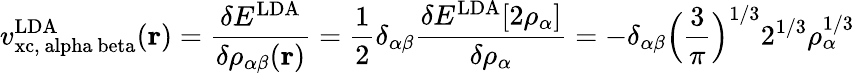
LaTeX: v_{\mathrm{{xc,\ alpha\ beta}}}^{\mathrm{LDA}}(\mathbf{r})={\frac{\delta E^{\mathrm{LDA}}}{\delta\rho_{\alpha\beta}(\mathbf{r})}}={\frac{1}{2}}\delta_{\alpha\beta}{\frac{\delta E^{\mathrm{LDA}}[2\rho_{\alpha}]}{\delta\rho_{\alpha}}}=-\delta_{\alpha\beta}{\Big(}{\frac{3}{\pi}}{\Big)}^{1/3}2^{1/3}\rho_{\alpha}^{1/3}